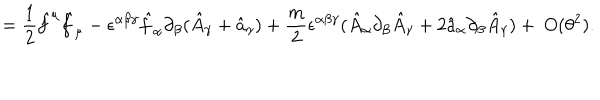
= \frac { 1 } { 2 } \hat { f } ^ { \mu } \hat { f } _ { \mu } - \epsilon ^ { \alpha \beta \gamma } \hat { f } _ { \alpha } \partial _ { \beta } ( \hat { A } _ { \gamma } + \hat { a } _ { \gamma } ) + \frac { m } { 2 } \epsilon ^ { \alpha \beta \gamma } ( \hat { A } _ { \alpha } \partial _ { \beta } \hat { A } _ { \gamma } + 2 \hat { a } _ { \alpha } \partial _ { \beta } \hat { A } _ { \gamma } ) + ~ O ( \theta ^ { 2 } ) .